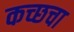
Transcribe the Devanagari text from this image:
कच्छचा